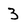
Character: 3